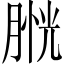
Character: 𦞔